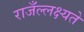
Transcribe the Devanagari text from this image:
राजँल्लक्ष्यते